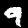
Digit: 9